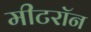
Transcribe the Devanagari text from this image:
मीटरॉन